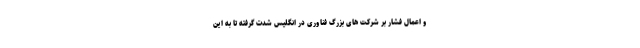
و اعمال فشار بر شرکت های بزرگ فناوری در انگلیس شدت گرفته تا به این